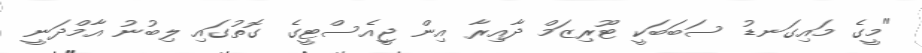
"މީގެ މައިގަނޑު ސަބަބަކީ ޓޫރިޒަމް ދާއިރާ އިން ޖީއެސްޓީގެ ގޮތުގައި ލިބުނު އާމްދަނީ